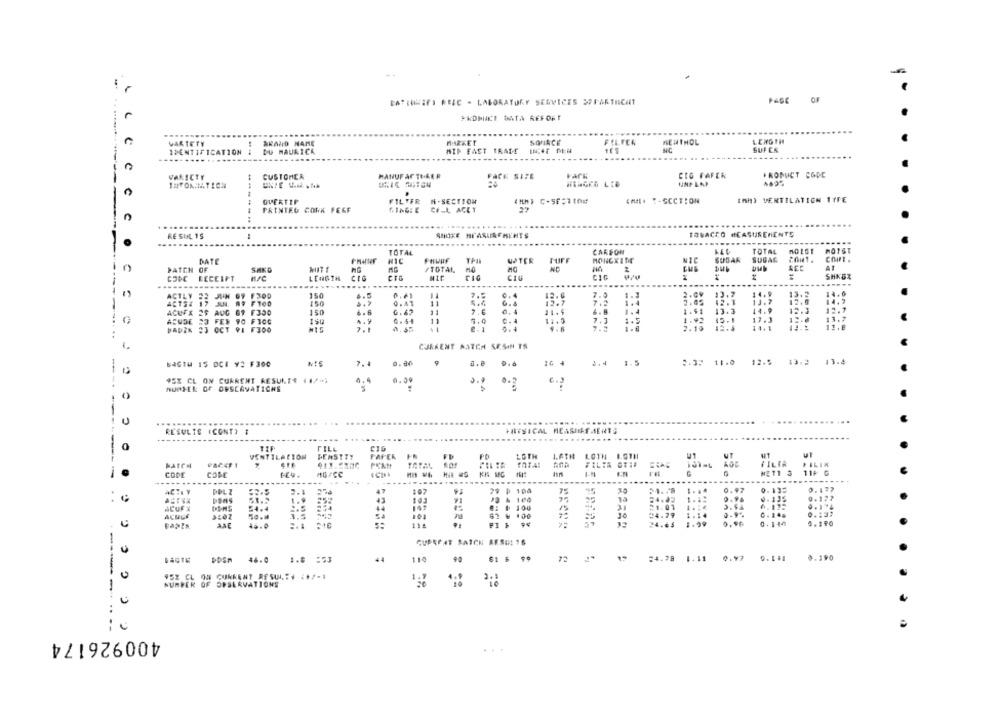
BATIUNIFI REEC - LABORATORY SERVICES OFFARINICHT
OF
*KOMIICE DATA REFORE
VARIETY
BRAND NAME
MARKET
SOURCE
FELFER
MENTHOL
LENGTH
IDENTIFICATION
DU MAURICK
WIP FACT FRADE
SUPER
....
------
VARICTY
CUSTOMER
MANUFACTURER
FACK SITE
vark
CIG FAFER
PRODUCT CODE
QUERTIP
FILTER H-SECTION
( ** ) ⑆-56:1104
IMAL. T-SECTION
IAH) VENTILATION TTFE
PRINTED CONK FERF
GING: E CALL ACET
.........
RESUL 15
SCHIKE MEASUREMENTS
TOBACCO MEASUREMENTS
...
TOTAL
CARSON
LEL
TOTAL
MOIST
DATE
NIC
TPA
UTER
MONGXING
SUDAR
SUGAR
COM .
NG
AT
PATCH
SHKG
/TOTAL
COMC
RECEIPT
LENGTH
CIG
SH*BX
....
...
ACTLY
97 F300
150
4.5
7.5
0. 4
7.9
1.3
13.2
14.0
ACTS4
CAN. A9 F100
150
11
6. 4
1.4
2.05
13.7
12.0
ACUFX ES
12.7
1.4
13.3
14.9
69 F350
150
6. 6
11.5
11.5
1.92
17,3
13.7
ASUDE 23 FES 90 FTOG
.. 9
0.54
5,0
7.3
1.5
15 -1
BADEN
F300
7.1
6.1
0 ..
1.8
2.10
12.3
14.1
CURRENT ANTEN SESON TS
13.4
BaGTM 15 DCE Y2 F300
7.4
0.00
0.8 0.6
3.4 1.5
2.37 11.0
12.5 13.2
----
95% CL ON CURRENT RESULTS (1/ *;
6.4
6.2
NURSER OF OESCAVATICHE
0.99
C
U
RESULTS (CONT) #
FRITSICAL MEASURE MENTS
--..
......
0
TIF
FILL
VENTILATION
DENSTTY
FAFER
LOTH
LOTH B.GTH
UT
BATCH
FILTR GT:#
FILIX
-
CODE
COME
40/CC
------
.......
..............
....
ACHIY
DOL Z
47
197
79 @ 100
75
12
24.02
#1
PO & 100
25
ACUFX
8: 0 100
31
21:01
ACHUS
62 0 100
=4.79
45.0
P3 1 94
24.65
0.90 0.144
0.190
CURRENT SATCH AFSUL 15
DOSm 46.0 1.8 :53
110
61 $ 99
72
24.78 1.11 0.92 0.1.1
0.190
952 CL ON CURRENT RESULTS :+/-1
NUMBER OF OBSERVATIONS
-----...
400926174